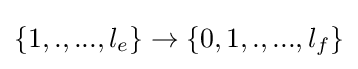
\{1,.,...,l_{e}\}\to \{0,1,.,...,l_{f}\}